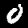
Digit: 0